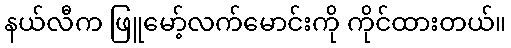
နယ်လီက ဖြူမော့်လက်မောင်းကို ကိုင်ထားတယ်။